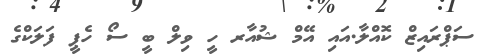
ސަޕްރައިޒް ކޮއްލާ.އައި އޭމް ޝުއާރ ހީ ވިލް ބީ ސޯ ހެޕީ ފަލަކްގެ